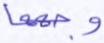
وجهها